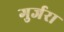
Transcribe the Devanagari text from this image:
गुर्जरा